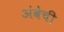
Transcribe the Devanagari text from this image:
अंबेची